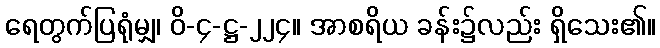
ရေတွက်ပြရုံမျှ၊ ဝိ-၄-ဋ္ဌ-၂၂၄။ အာစရိယ ခန်း၌လည်း ရှိသေး၏။